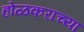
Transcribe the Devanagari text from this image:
होळकराच्या